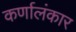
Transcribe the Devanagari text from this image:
कर्णालंकार